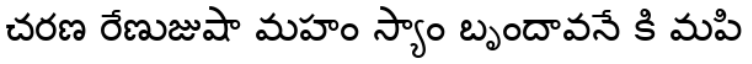
చరణ రేణుజుషా మహం స్యాం బృందావనే కి మపి